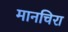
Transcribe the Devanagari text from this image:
मानचिरा